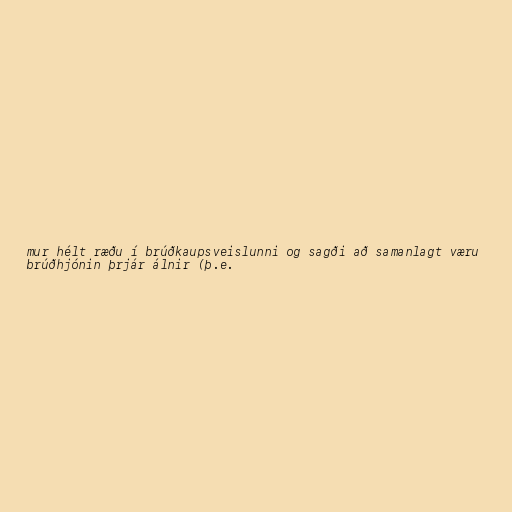
mur hélt ræðu í brúðkaupsveislunni og sagði að samanlagt væru
brúðhjónin þrjár álnir (þ.e.